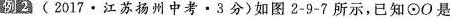
例2 （2017·江苏扬州中考·3分）如图图2-9-7所示吗，已知⊙O是